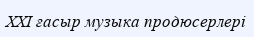
XXI ғасыр музыка продюсерлері